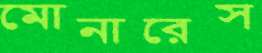
মোনারেস